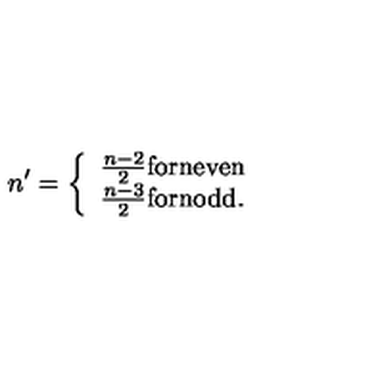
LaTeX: n ^ { \prime } = \left\{ \begin{array} { l } { \frac { n - 2 } { 2 } \mathrm { f o r n e v e n } } \\ { \frac { n - 3 } { 2 } \mathrm { f o r n o d d } . } \\ \end{array} \right.